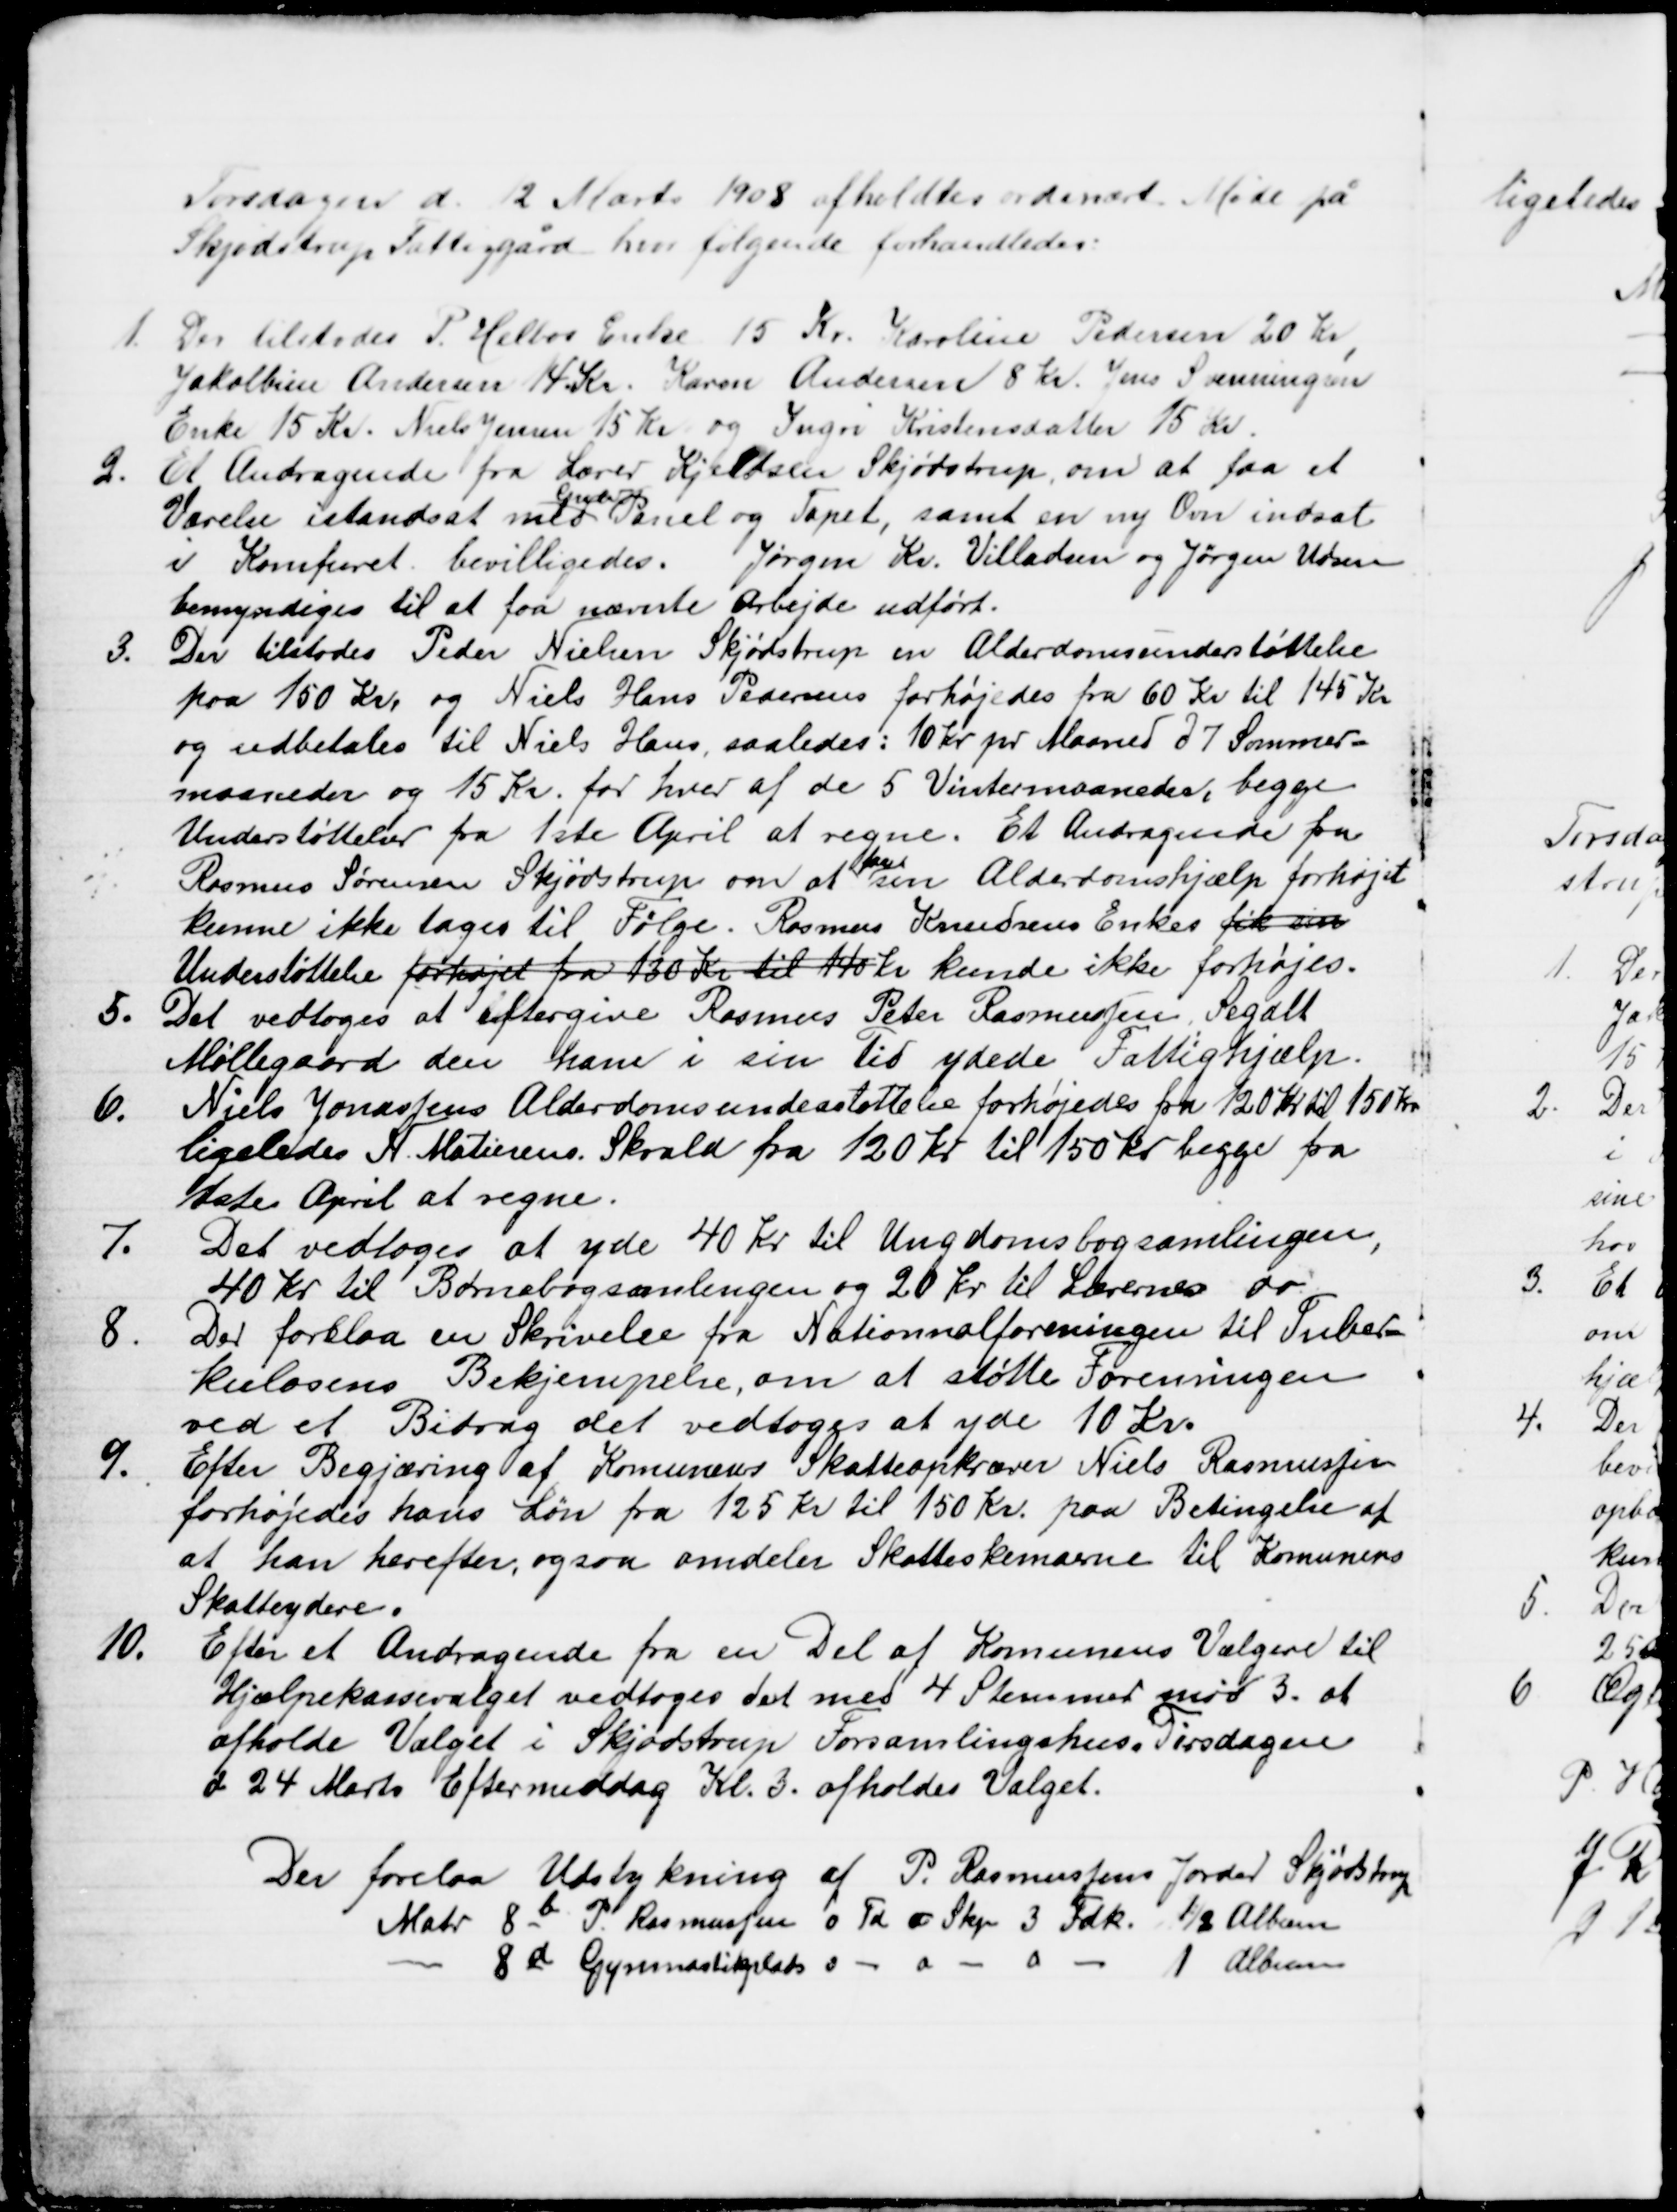
Transskription:
Torsdagen d. 12 Marts 1908 afholdtes ordinært Møde på
Skjødstrup Fattiggård hvor følgende forhandledes:
1.
Der tilstodes P. Helbos Enke 15 Kr. Karoline Pedersen 20 Kr
Jakobbine Andersen 14 Kr. Karen Andersen 8 Kr. Jens Svenningsen
Enke 15 Kr. Niels Jensen 15 Kr og Ingri Kristensdatter 15 Kr.
2.
Et Andragende fra Lærer Kjeldsen Skjødstrup, om at faa et
Værelse istandsat med 

Panel og Tapet, samt en ny Ovn indsat
i Komfuret bevilligedes. Jørgen Kr. Villadsen og Jørgen Udsen
bemyndiges til at faa nævnte Arbejde udført.
3. 
Der tilstodes Peder Nielsen Skjødstrup en Alderdomsunderstøttelse
paa 150 Kr. og Niels Hans Pedersens forhøjedes fra 60 Kr til 145 Kr
og udbetales til Niels Hans, saaledes: 10 Kr pr Maaned d 7 Sommer-
maaneder og 15 Kr. for hver af de 5 Vintermaaneder, begge
Understøttelser fra 1ste April at regne. Et Andragende fra 
Rasmus Sørensen Skjødstrup om at 
faa
sin Alderdomshjælp forhøjet
kunne ikke tages til Følge. Rasmus Knudsens Enkes fik sin
Understøttelse forhøjet fra 130 Kr til 140 Kr kunde ikke forhøjes.
5.
Det vedtoges at eftergive Rasmus Peter Rasmussen, Segalt
Møllegaard den ham i sin til ydede Fattighjælp.
6.
Niels Jonassens Alderdomsunderstøttelse forhøjedes fra 120 Kr. til 150 Kr.
ligeledes N. Matiesens. Skrald fra 120 Kr. til 150 Kr begge fra
1ste April at regne.
7.
Det vedtoges at yde 40 Kr. til Ungdomsbogsamlingen,
40 Kr til Børnebogsamlingen og 20 Kr. til Lærernes do.
8.
Der forelaa en Skrivelse fra Nationnalforeningen til Tuber=
kulosens Bekjempelse, om at støtte Foreningen
ved et Bidrag det vedtoges at yde 10 Kr.
9.
Efter Begjæring af Komunens Skatteopkræver Niels Rasmussen
forhøjedes hans Løn fra 125 Kr til 150 Kr. paa Betingelse af
at han herefter, ogsaa omdeler Skatteskemaerne til Komunens 
Skatteydere.
10. 
Efter et Andragende fra en Del af Komunens Vælgere til
Hjælpekassevalget vedtoges det med 4 Stemmer mod 3. at
afholde Valget i Skjødstrup Forsamlingshus. Tirsdagen
d 24 Marts Eftermiddag Kl. 3. afholdes Valget.
Der forelaa Udstykning af P. Rasmussens Jorder Skjødstrup
Matr 8b P. Rasmussen 0 Td 0 Skp. 3 Fdk. ½ Album
8d Gymnastikplads 0 - 0 
0
1 Album